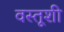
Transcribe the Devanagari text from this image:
वस्तूशी